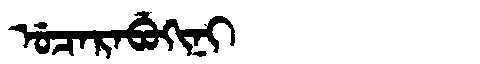
Manchu: ᡠᠴᠠᡵᠠᠪᡠᡴᡳᠨᡳ
Romanization: UCARABUKINI